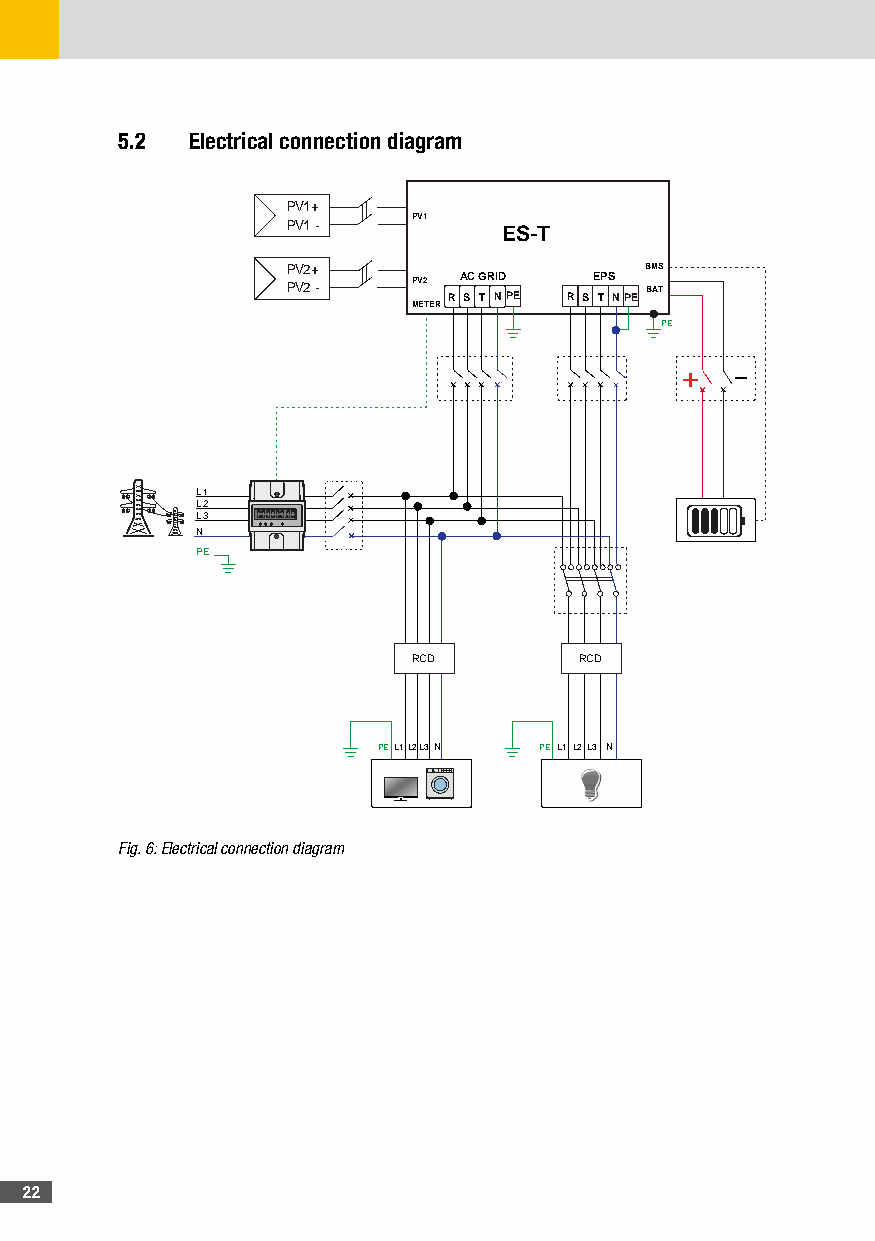
5�2  Electrical connection diagram
 PV1+
 PV1
 PV1 -
 ES-T
 PV2+                    BMS
 PV2 -   PV2 RA SC G TR NID PE R SE TPS NPE BAT
 METER
 PE
 +  -
 L1
 L2
 L3
 N
 PE
 RCD        RCD
 PE L1L2L3N PE L1L2L3 N
 Fig. 6: Electrical connection diagram
 22